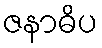
ဇနာဓိပ